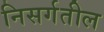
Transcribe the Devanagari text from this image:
निसर्गतील